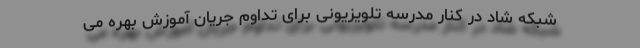
شبکه شاد در کنار مدرسه تلویزیونی برای تداوم جریان آموزش بهره‌ می‌